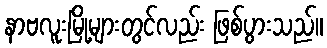
နာဗလူးမြို့များတွင်လည်း ဖြစ်ပွားသည်။